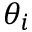
\theta _ { i }